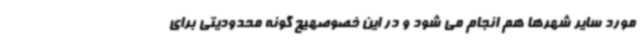
مورد سایر شهرها هم انجام می شود و در این خصوصهیچ گونه محدودیتی برای